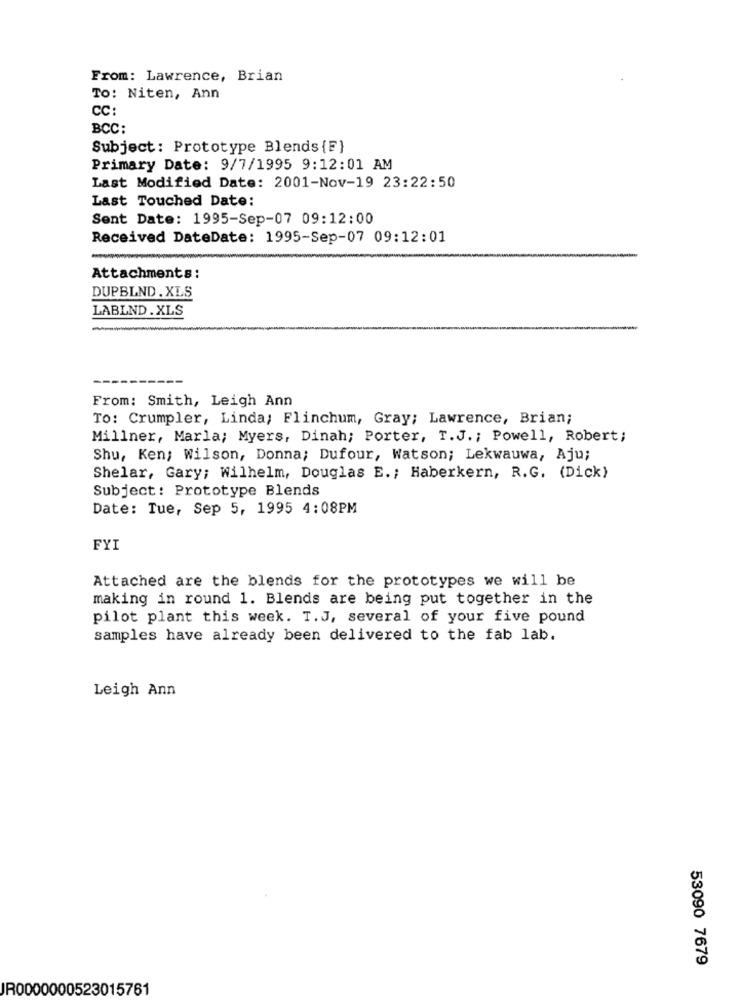
From: Lawrence, Brian
To: Niten, Ann
CC:
BCC:
Subject : Prototype Blends {F}
Primary Date: 9/7/1995 9:12:01 AM
Last Modified Date: 2001-Nov-19 23:22:50
Last Touched Date:
Sent Date: 1995-Sep-07 09:12:00
Received DateDate: 1995-Sep-07 09:12:01
Attachments:
DUPBLND . XLS
LABLND . XLS
-
From: Smith, Leigh Ann
To: Crumpler, Linda; Flinchum, Gray; Lawrence, Brian;
Millner, Marla; Myers, Dinah; Porter, T.J .; Powell, Robert;
Shu, Ken; Wilson, Donna; Dufour, Watson; Lekwauwa, Aju;
Shelar, Gary; Wilhelm, Douglas E .; Haberkern, R.G. (Dick)
Subject: Prototype Blends
Date: Tue, Sep 5, 1995 4:08PM
FYI
Attached are the blends for the prototypes we will be
making in round 1. Blends are being put together in the
pilot plant this week. T.J, several of your five pound
samples have already been delivered to the fab lab.
Leigh Ann
53090 7679
JR0000000523015761